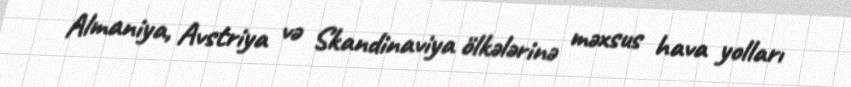
Almaniya, Avstriya və Skandinaviya ölkələrinə məxsus hava yolları